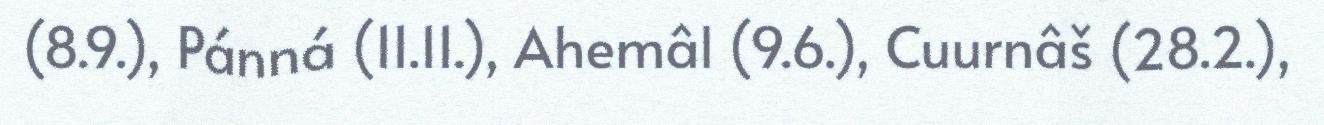
(8.9.), Pánná (11.11.), Ahemâl (9.6.), Cuurnâš (28.2.),